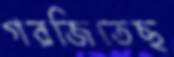
গরজিতেছ